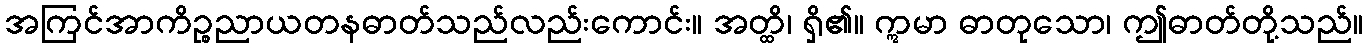
အကြင်အာကိဉ္စညာယတနဓာတ်သည်လည်းကောင်း။ အတ္ထိ၊ ရှိ၏။ ဣမာ ဓာတုသော၊ ဤဓာတ်တို့သည်။